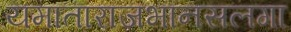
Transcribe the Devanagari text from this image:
यमाताराजभानसलगा